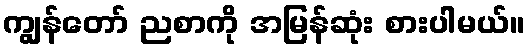
ကျွန်တော် ညစာကို အမြန်ဆုံး စားပါမယ်။